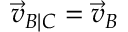
{ \vec { v } } _ { B | C } = { \vec { v } } _ { B }